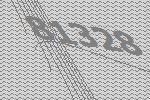
81328